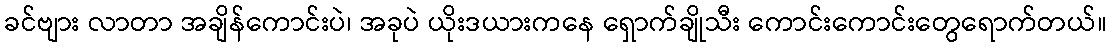
ခင်ဗျား လာတာ အချိန်ကောင်းပဲ၊ အခုပဲ ယိုးဒယားကနေ ရှောက်ချိုသီး ကောင်းကောင်းတွေရောက်တယ်။